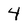
Character: 4